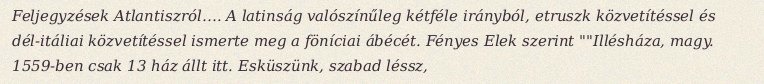
Feljegyzések Atlantiszról…. A latinság valószínűleg kétféle irányból, etruszk közvetítéssel és dél-itáliai közvetítéssel ismerte meg a föníciai ábécét. Fényes Elek szerint ""Illésháza, magy. 1559-ben csak 13 ház állt itt. Esküszünk, szabad léssz,